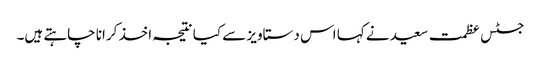
جسٹس عظمت سعید نے کہا اس دستاویز سے کیا نتیجہ اخذ کرانا چاہتے ہیں۔